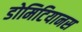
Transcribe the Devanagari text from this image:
डोमिटियानस